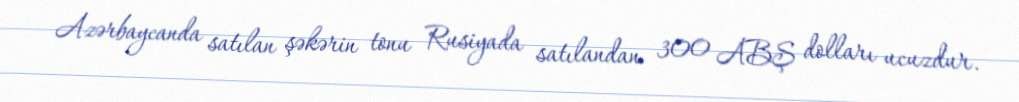
Azərbaycanda satılan şəkərin tonu Rusiyada satılandan 300 ABŞ dolları ucuzdur.